Vaccination in the Punjab 1905-1918 - 1905-1918
Year: 1905
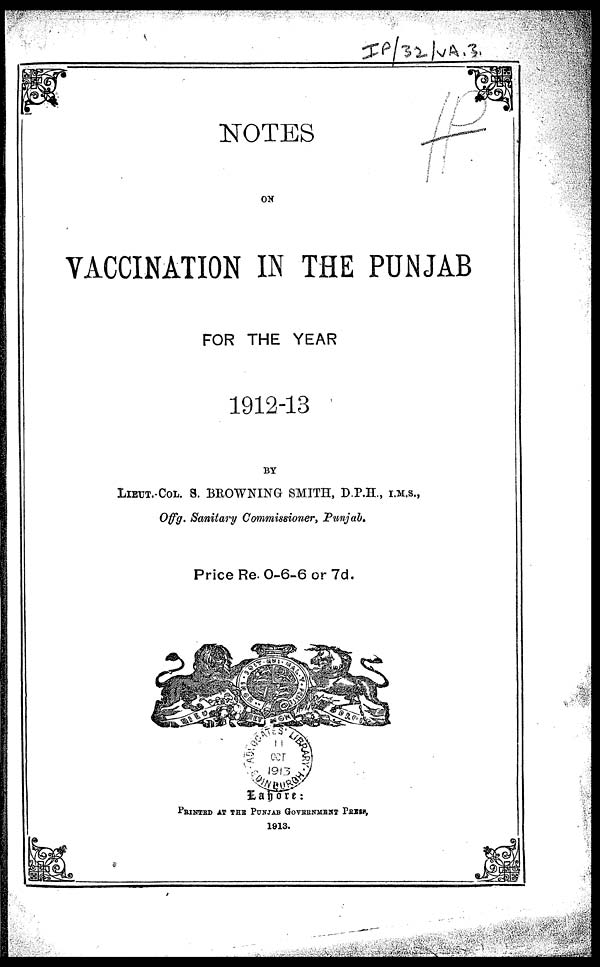
NOTES
ON
VACCINATION IN THE PUNJAB
FOR THE YEAR
1912-13
BY
LIEUT.-COL. S. BROWNING SMITH, D.P.H., I.M.S.,
Offg. Sanitary Commissioner, Punjab.
Price Re. 0-6-6 or 7d.
Lahore:
PRINTED AT THE PUNJAB GOVERNMENT PRESS,
1913.